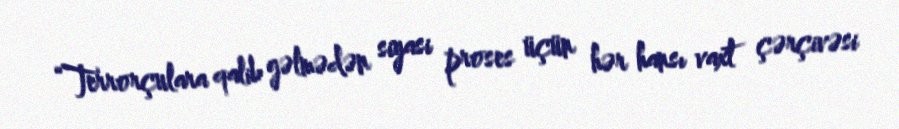
“Terrorçulara qalib gəlmədən siyasi proses üçün hər hansı vaxt çərçivəsi